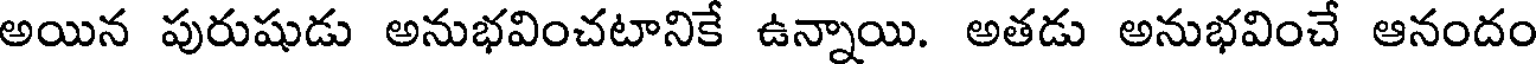
అయిన పురుషుడు అనుభవించటానికే ఉన్నాయి. అతడు అనుభవించే ఆనందం